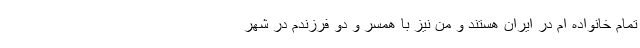
تمام خانواده ام در ایران هستند و من نیز با همسر و دو فرزندم در شهر